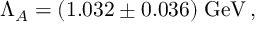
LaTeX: \Lambda _ { A } = ( 1 . 0 3 2 \pm 0 . 0 3 6 ) \mathrm { \; G e V } \, ,